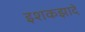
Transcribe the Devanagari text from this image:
इशकझादे